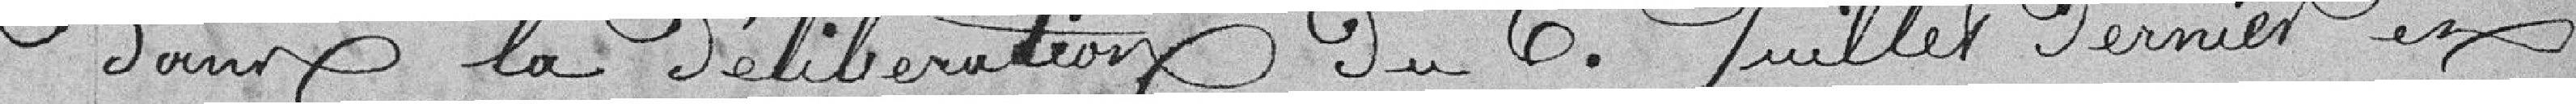
dans la délibération du 6 juillet dernier et